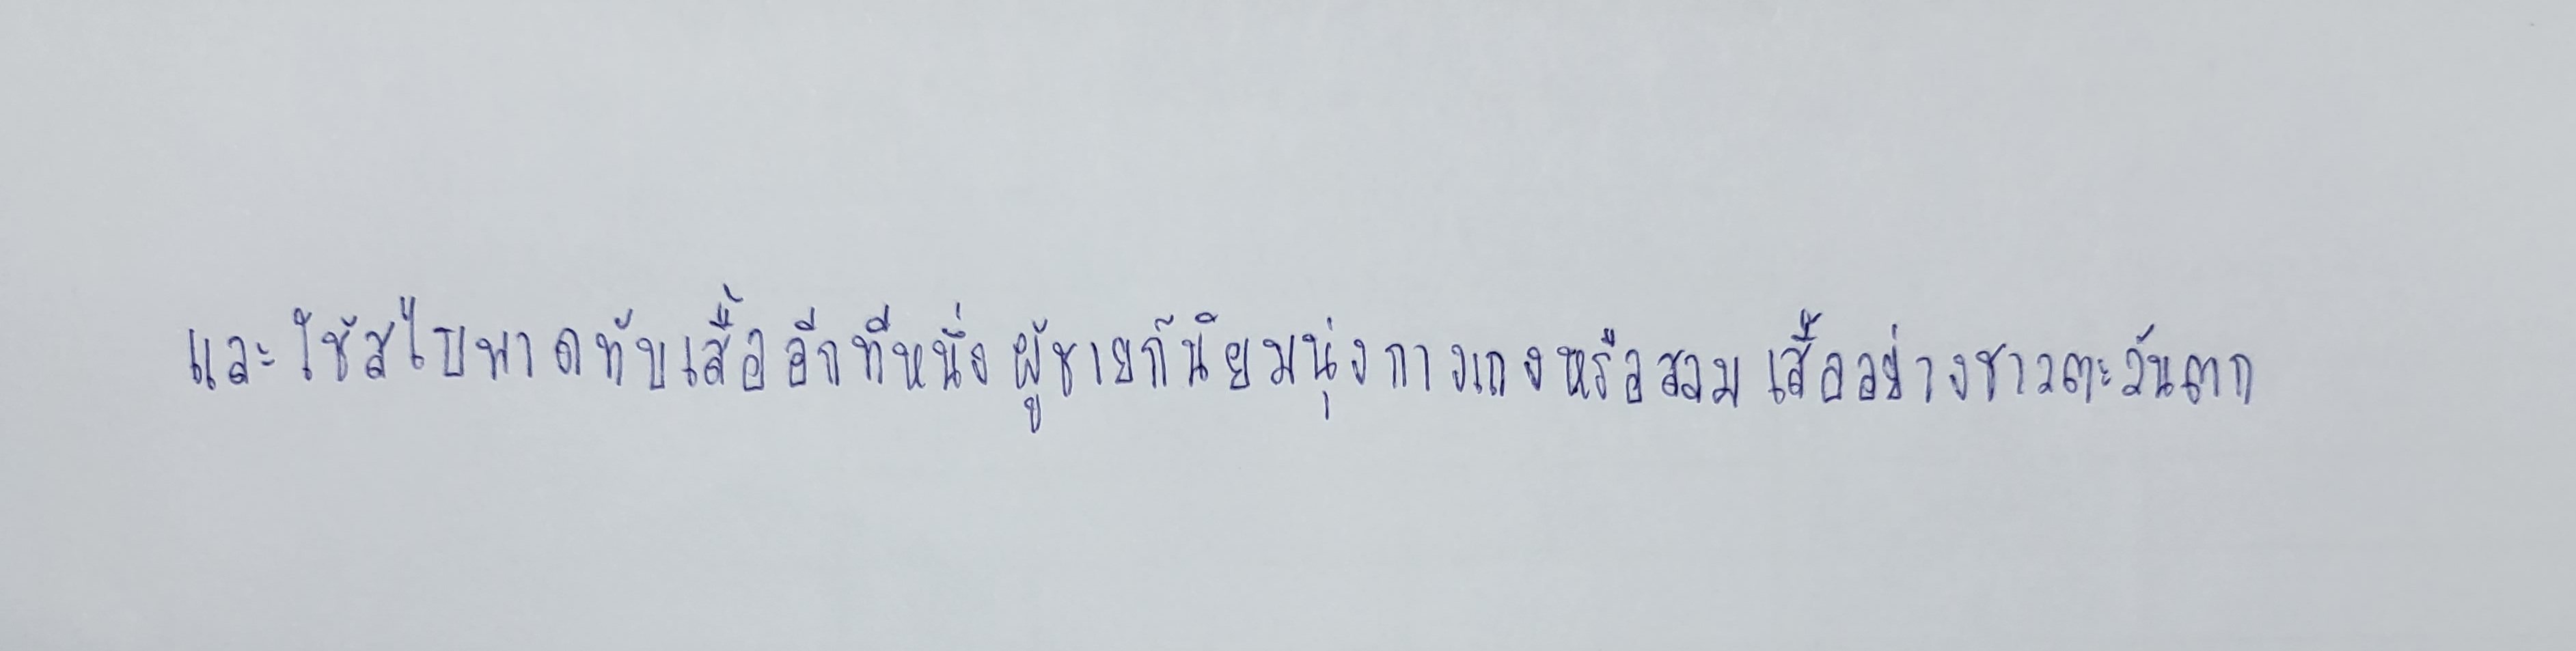
และใช้สไบพาดทับเสื้ออีกทีหนึ่งผู้ชายก็นิยมนุ่งกางเกงและสวมเสื้ออย่างชาวตะวันตก